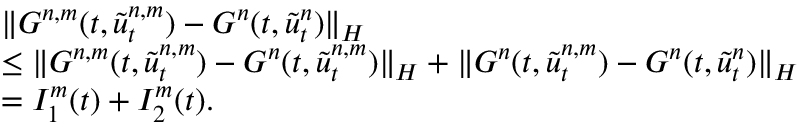
\begin{array} { r l } & { \| G ^ { n , m } ( t , \tilde { u } _ { t } ^ { n , m } ) - G ^ { n } ( t , \tilde { u } _ { t } ^ { n } ) \| _ { H } } \\ & { \le \| G ^ { n , m } ( t , \tilde { u } _ { t } ^ { n , m } ) - G ^ { n } ( t , \tilde { u } _ { t } ^ { n , m } ) \| _ { H } + \| G ^ { n } ( t , \tilde { u } _ { t } ^ { n , m } ) - G ^ { n } ( t , \tilde { u } _ { t } ^ { n } ) \| _ { H } } \\ & { = I _ { 1 } ^ { m } ( t ) + I _ { 2 } ^ { m } ( t ) . } \end{array}